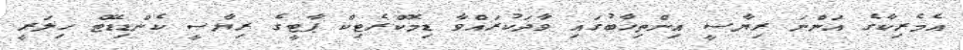
އެމެރިކާގެ އަންނަ ރިޔާސީ އިންތިޚާބުގައި ވާދަކުރައްވާ ޑިމޮކްރެޓިކް ޕާޓީގެ ރިޔާސީ ކެންޑިޑޭޓް ހިލަރީ